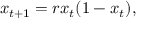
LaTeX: x _ { t + 1 } = r x _ { t } ( 1 - x _ { t } ) ,